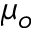
\mu _ { o }